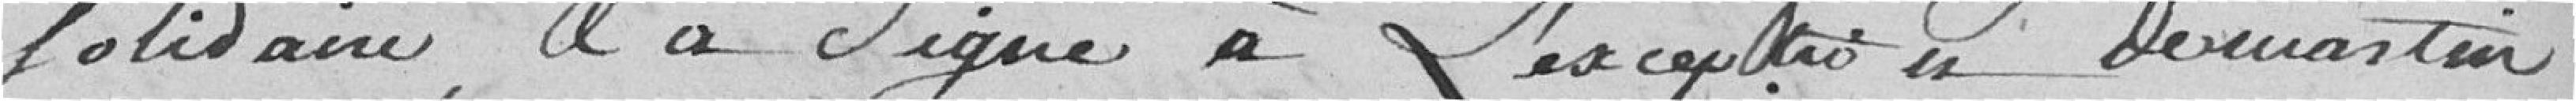
solidaire, il a signé à l'exception de Martin